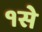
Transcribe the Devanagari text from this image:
१से